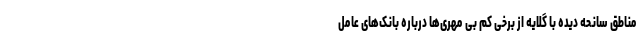
مناطق سانحه دیده با گلایه از برخی کم بی مهری‌ها درباره بانک‌های عامل